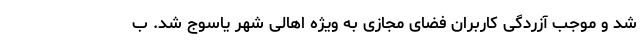
شد و موجب آزردگی کاربران فضای مجازی به ویژه اهالی شهر یاسوج شد. ب